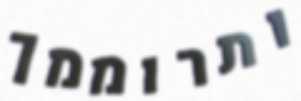
ותרוממך